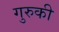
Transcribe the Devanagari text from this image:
गुरुकी